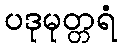
ပဒုမုတ္တရံ